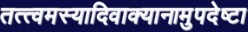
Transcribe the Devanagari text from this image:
तत्त्वमस्यादिवाक्यानामुपदेष्टा